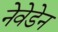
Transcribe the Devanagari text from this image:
नेवेडेन